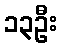
၁၃ဦး